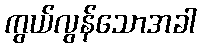
ကွယ်လွန်သောအခါ